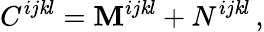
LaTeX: C^{ij\mathit{k}l}=\mathbf{M}^{ij\mathit{k}l}+N^{ij\mathit{k}l}\, ,